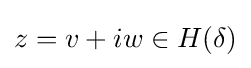
z=v+iw\in H(\delta )